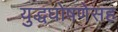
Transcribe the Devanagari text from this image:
युद्धघोषणेसह